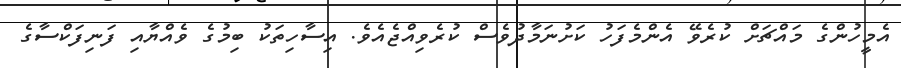
އެމީހުންގެ މައްޗަށް ކުރެވޭ އެންމެފަހު ކަށުނަމާދުވެސް ކުރެވިއްޖެއެވެ. އިސާހިތަކު ބިމުގެ ވެއްޔާއި ފަނިފަކްސާގެ